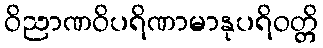
ဝိညာဏဝိပရိဏာမာနုပရိဝတ္တိ